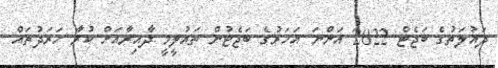
ދައުލަތުގެ ބަޖެޓް 2022 އަންނަ އަހަރުގެ ބަޖެޓުން ތައުލީމީ ދާއިރާއަށް ކުރާ ޚަރަދުތައް